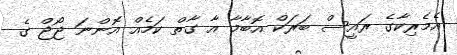
އެމެރިކާގެ ރައީސް ބަރަކް އޮބާމާ އާ ގާތް ކަމެއް އޮންނަ ޖޯޖް ގެ